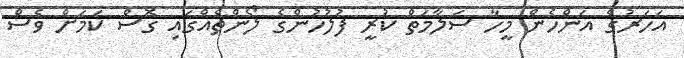
އަހަރުގެ އަންހެން މީހާ ސަލާމަތް ކުރީ ފުލުހުންގެ ލޯންޗެއްގައި ގޮސް ކަމަށް ވެސް